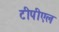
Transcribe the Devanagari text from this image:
टीपीएल